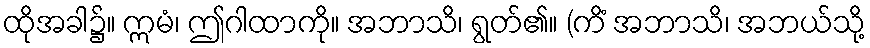
ထိုအခါ၌။ ဣမံ၊ ဤဂါထာကို။ အဘာသိ၊ ရွတ်၏။ (ကိံ အဘာသိ၊ အဘယ်သို့